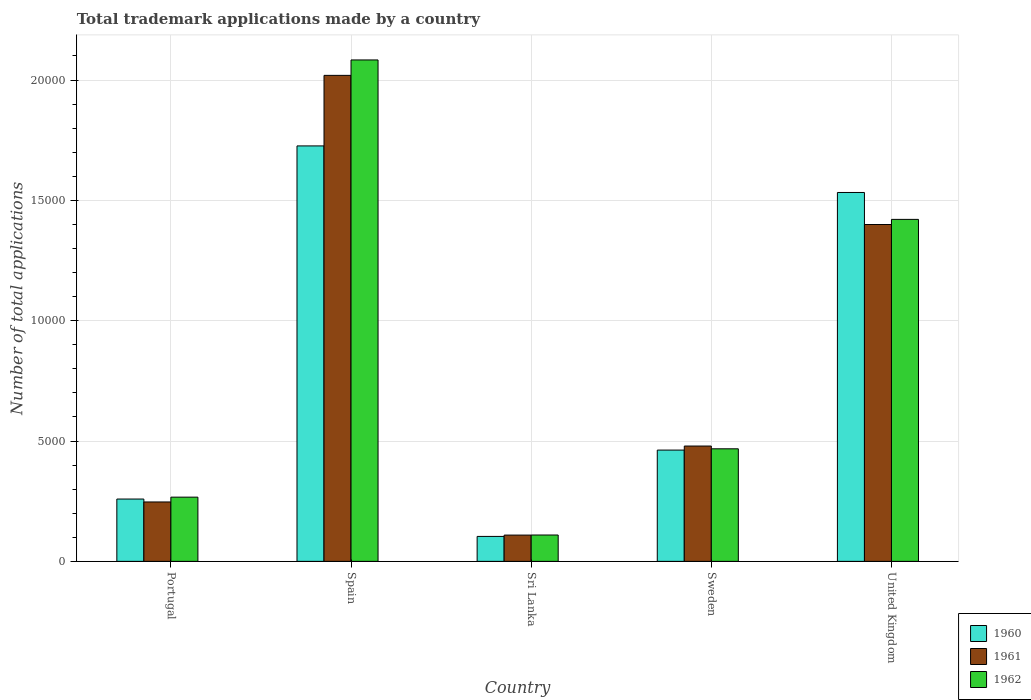
| Country | 1960 | 1961 | 1962 |
 | --- | --- | --- | --- |
 | Portugal | 2.59e+03 | 2.47e+03 | 2.67e+03 |
 | Spain | 1.73e+04 | 2.02e+04 | 2.08e+04 |
 | Sri Lanka | 1.04e+03 | 1.09e+03 | 1.1e+03 |
 | Sweden | 4.62e+03 | 4.79e+03 | 4.68e+03 |
 | United Kingdom | 1.53e+04 | 1.4e+04 | 1.42e+04 |